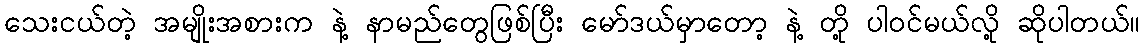
သေးငယ်တဲ့ အမျိုးအစားက နဲ့ နာမည်တွေဖြစ်ပြီး မော်ဒယ်မှာတော့ နဲ့ တို့ ပါဝင်မယ်လို့ ဆိုပါတယ်။